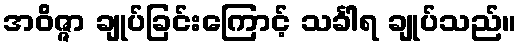
အဝိဇ္ဇာ ချုပ်ခြင်းကြောင့် သင်္ခါရ ချုပ်သည်။